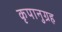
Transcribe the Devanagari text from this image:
कृपानुग्रह